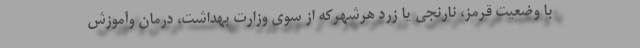
با وضعیت قرمز، نارنجی یا زرد هرشهرکه از سوی وزارت بهداشت، درمان وآموزش